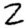
Digit: 2